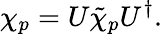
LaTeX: \chi_{p}=U\tilde{\chi}_{p}U^{\dagger}.